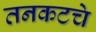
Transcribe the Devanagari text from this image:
तनकटचे